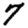
Digit: 7